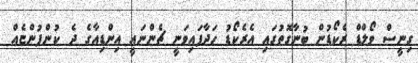
ގިނީސް ވޯލްޑް ރެކޯޑުން ބުނާގޮތުގައި އެރެކޯޑު ހަދާފައިވަނީ ޗެންނައީ އިންޑިއާގެ ދެ ކުންފުންޏެއް